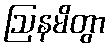
ဩနမိတွာ